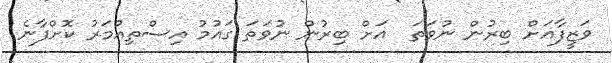
ވަޒީފާއަށް ބިރުން ނުވަތަ  އަށް ބިރުން ނުވަތަ ގައުމު އިސްތިއުމަރު ކޮށްފާނެ